Annual administration report of the Bombay Presidency - 1887-1892
Year: 1887
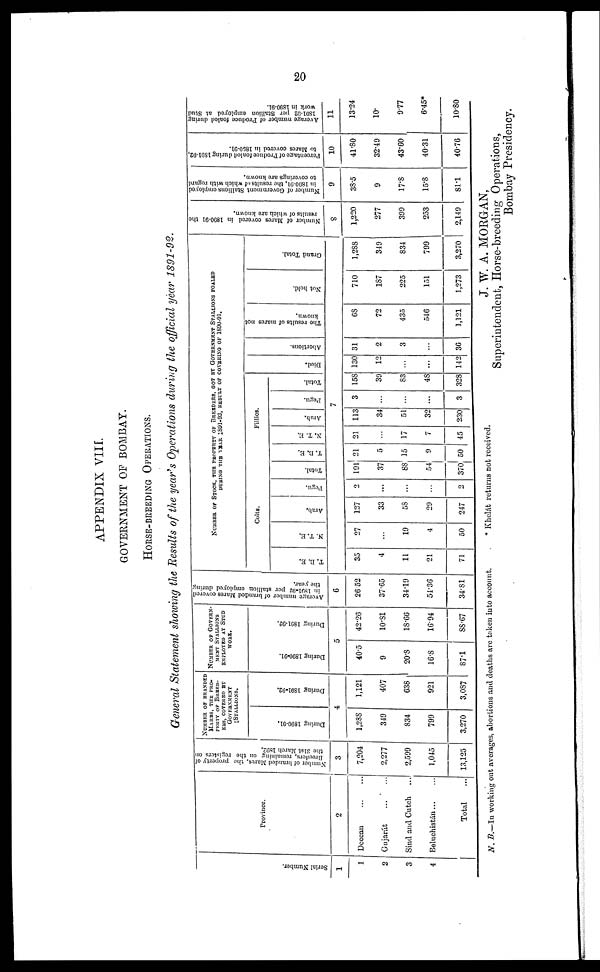
20
APPENDIX VIII.
GOVERNMENT OF BOMBAY.
HORSE-BREEDING OPERATIONS.
General Statement showing the Results of the year's Operations during the official year 1891-92.
Ser i al Numbe r
.
1
1
2
3
4
Province.
2
Deccan ... ...
Gujarát ... ...
Sind and Cutch ...
Beluchistán ... ...
Total ...
Number of branded Mares, the property
of
3
7,204
2,277
2,599
1,045
13,125
NUMBER OF BRANDED
MARES THE PRO-
PERTY OF BREEED-
ERS COVERED BY
GOVERNMENT
STALLIONS.
Dur i
ng 1890-91. Dur i
ng 1891.92.
4
1,288
349
834
799
3,270
1,121
407
638
921
3,087
NUMBER OF GOVERN
MENT STALUOXS
EMPLOYED AT STUD
WORK.
Dur i
ng 1890- 91. Dur i
ng 1891- 92.
5
405
9
20.8
16.8
87.1
42.26
10.81
18.66
16.94
88.67
Average number of branded Mares covered
in1891-92 stallion employed during
6
26.52
37.65
34.19
54.36
34.81
NUMBER OF STOCK, THE PROPERTY OF BREEDERS, GOT BYGOVERNMENT STALLIONS FOALED
DURING THE YEAR 1891-92, RESULTS OF COVERING OF 1890-91.
Colts.
T. D. E.
N. T. E.
Arab.
Pegu.
Total.
T. B. E.
Fillies.
N. T. E.
Arub.
Pegu.
Total.
Di ed.
Abortions.
The results of mares not
Not hel d.
Gr a nd Tot al .
7
35
4
11
21
71
27
...
19
4
50
127
33
58
29
247
2
...
...
...
2
191
37
88
54
370
21
5
15
9
50
21
...
17
7
45
113
34
51
32
230
3
...
...
...
3
158
39
83
48
328
130
12
...
...
142
31
2
3
...
36
68
72
435
546
1,121
710
187
225
151
1,273
1,288
349
834
799
3,270
Number
of Mares
covered in 1890-91 the
results of which are known.
8
1,220
277
399
253
2,149
Number of Government Stallions employed
in
1890-91, the results of which with regard
to coverings are known.
9
38.5
9
17.8
15.8
81.1
P ercentage of Produce foaled during 1691-92,
to Mares
covered in 1890-91.
10
41.80
32.49
43.60
40.31
40.76
Average number of Produce foaled during
1891-92 per Stallion employed at Stud
work in 1890-91.
11
13.24
--
9.77
6.45*
10.80
N. B.—In working out averages, abortions and deaths are taken into account.
* Khelát returns not received.
J. W. A. MORGAN,
Superintendent, Horse-breeding Operations,
Bombay Presidency.